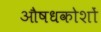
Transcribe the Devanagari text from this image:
औषधकोशों